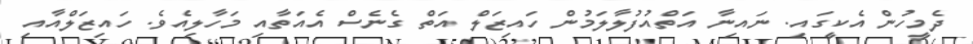
ދެމީހުން އެކީގައި. ނައިނާ އަތްއުފުލާލަމުން ހައިޒަލް އަތް ގެނެސް އެއަތާއި މަހާލިއެވެ. ހައިޒަލްއާއި